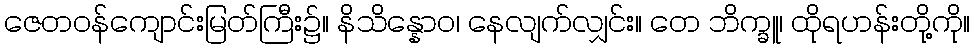
ဇေတဝန်ကျောင်းမြတ်ကြီး၌။ နိသိန္နောဝ၊ နေလျက်လျှင်း။ တေ ဘိက္ခူ၊ ထိုရဟန်းတို့ကို။